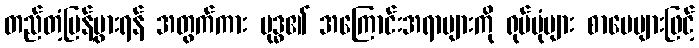
တည်တံ့ပြန့်ပွားရန် အတွက်ကား ဗုဒ္ဓ၏ အကြောင်းအရာများကို ရုပ်ပုံများ စာပေများဖြင့်